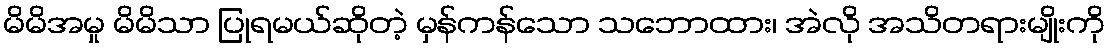
မိမိအမှု မိမိသာ ပြုရမယ်ဆိုတဲ့ မှန်ကန်သော သဘောထား၊ အဲလို အသိတရားမျိုးကို